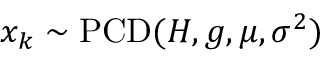
x _ { k } \sim \operatorname { P C D } ( H , g , \mu , \sigma ^ { 2 } )